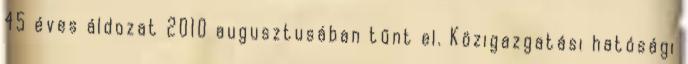
45 éves áldozat 2010 augusztusában tűnt el. Közigazgatási hatósági